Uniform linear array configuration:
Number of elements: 4
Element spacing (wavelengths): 0.25
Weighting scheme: exponential
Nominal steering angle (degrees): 15
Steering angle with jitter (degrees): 14.433
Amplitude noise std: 0.05
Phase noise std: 0.05

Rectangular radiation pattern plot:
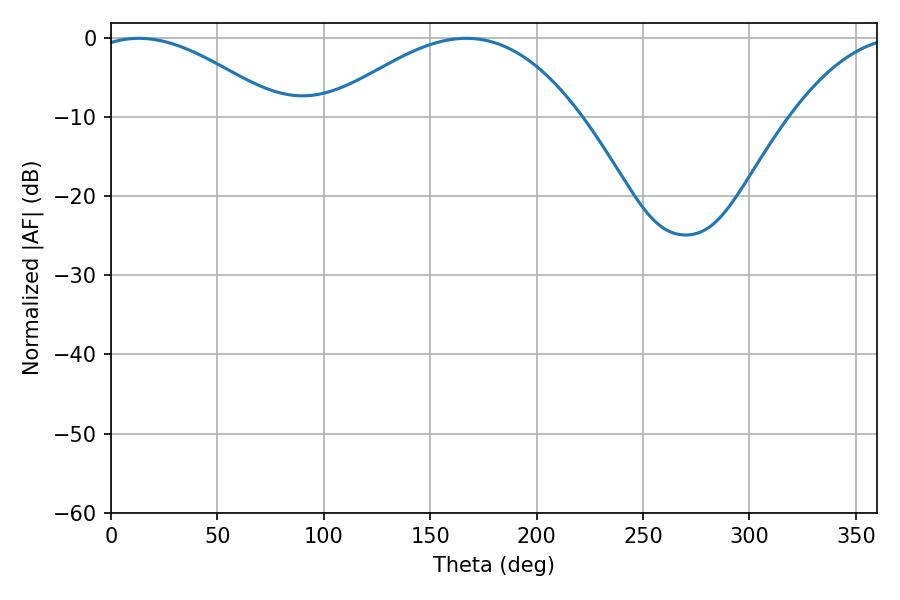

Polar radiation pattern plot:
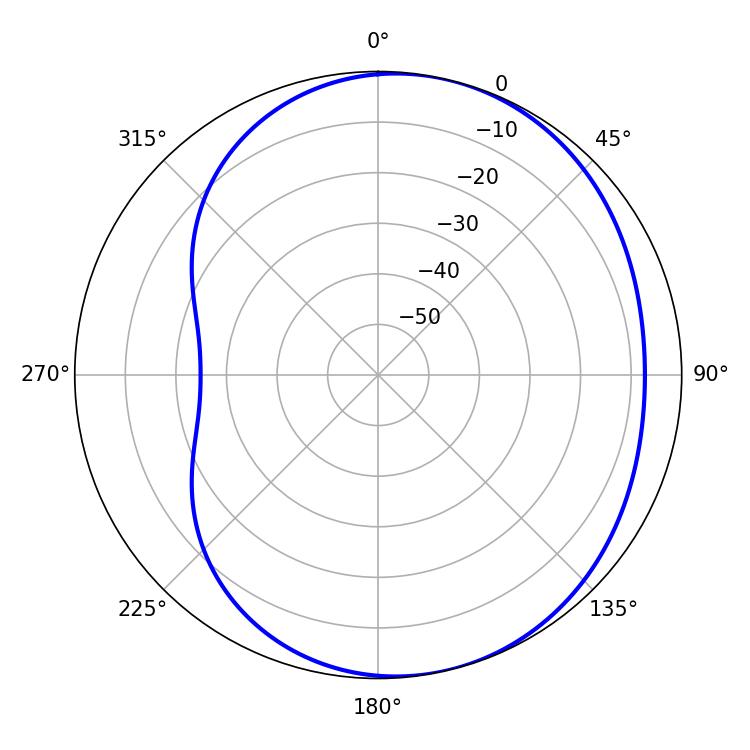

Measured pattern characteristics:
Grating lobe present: FALSE
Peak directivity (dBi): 4.586
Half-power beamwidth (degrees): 48.24
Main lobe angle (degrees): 13.14